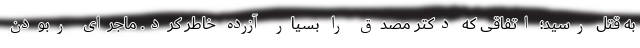
به قتل رسید؛ اتفاقی که دکتر مصدق را بسیار آزرده خاطر کرد. ماجرای ربودن